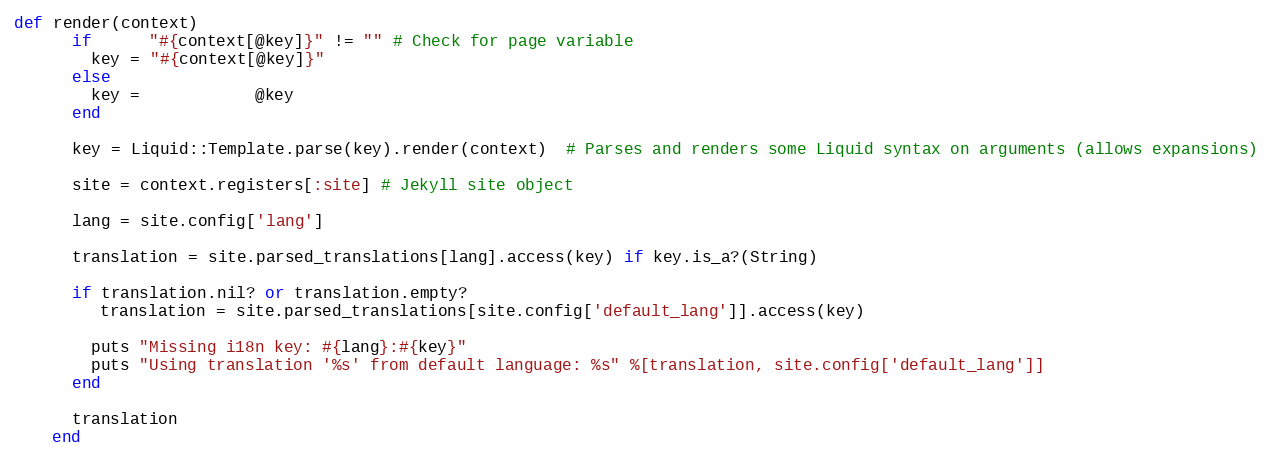
Language: Ruby
def render(context)
      if      "#{context[@key]}" != "" # Check for page variable
        key = "#{context[@key]}"
      else
        key =            @key
      end

      key = Liquid::Template.parse(key).render(context)  # Parses and renders some Liquid syntax on arguments (allows expansions)

      site = context.registers[:site] # Jekyll site object

      lang = site.config['lang']

      translation = site.parsed_translations[lang].access(key) if key.is_a?(String)

      if translation.nil? or translation.empty?
         translation = site.parsed_translations[site.config['default_lang']].access(key)

        puts "Missing i18n key: #{lang}:#{key}"
        puts "Using translation '%s' from default language: %s" %[translation, site.config['default_lang']]
      end

      translation
    end